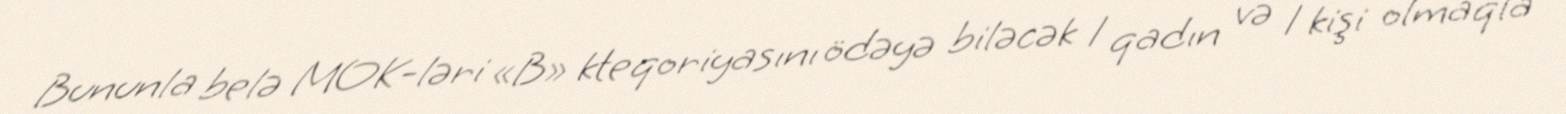
Bununla belə MOK-ləri «B» kteqoriyasını ödəyə biləcək 1 qadın və 1 kişi olmaqla